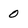
Character: 0